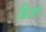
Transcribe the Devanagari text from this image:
ब्रिअर